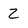
Character: 2